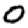
Digit: 0